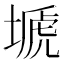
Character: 𡏚